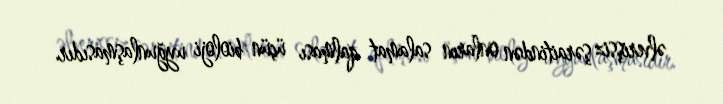
əlverişsiz şəraitindən onların salamat qalması üçün bioloji uyğunlaşmasıdır.